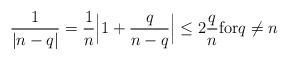
LaTeX: \begin{align*}\dfrac{1}{\vert n-q \vert}= \dfrac{1}{n}\Big\vert1+\dfrac{q}{n-q}\Big\vert\leq 2\dfrac{q}{n} \textrm{for} q\neq n\end{align*}